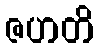
ဇဟတိ